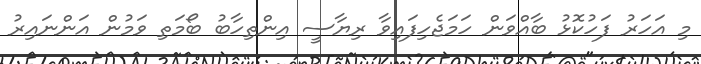
މި އަހަރު ފަހުކޮޅު ބާއްވަން ހަމަޖެހިފައިވާ ރިޔާސީ އިންތިހާބު ބޯމަތި ވަމުން އަންނައިރު